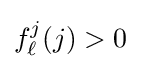
f_{\ell }^{j}(j)>0